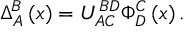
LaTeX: \Delta _ { A } ^ { B } \left( x \right) = U _ { A C \, } ^ { B D } \Phi _ { D } ^ { C } \left( x \right) .